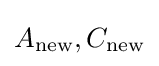
A_{\text{new}},C_{\text{new}}